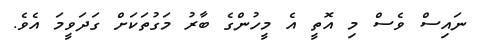
ނައިސް ވެސް މި އޮތީ އެ މީހުންގެ ބާރު މަގުތަކަށް ގަދަވީމަ އެވެ.